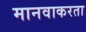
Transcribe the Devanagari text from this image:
मानवाकरता